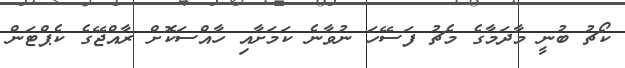
ކޯޗު ބުނީ މާދަމާގެ މެޗު ފަސޭހަ ނުވާނެ ކަމަށާއި ހާއްސަކޮށް ރާއްޖޭގެ ކެޕްޓަން